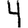
Digit: 4